Vaccination in the Punjab 1897-1904 - 1897-1904
Year: 1897
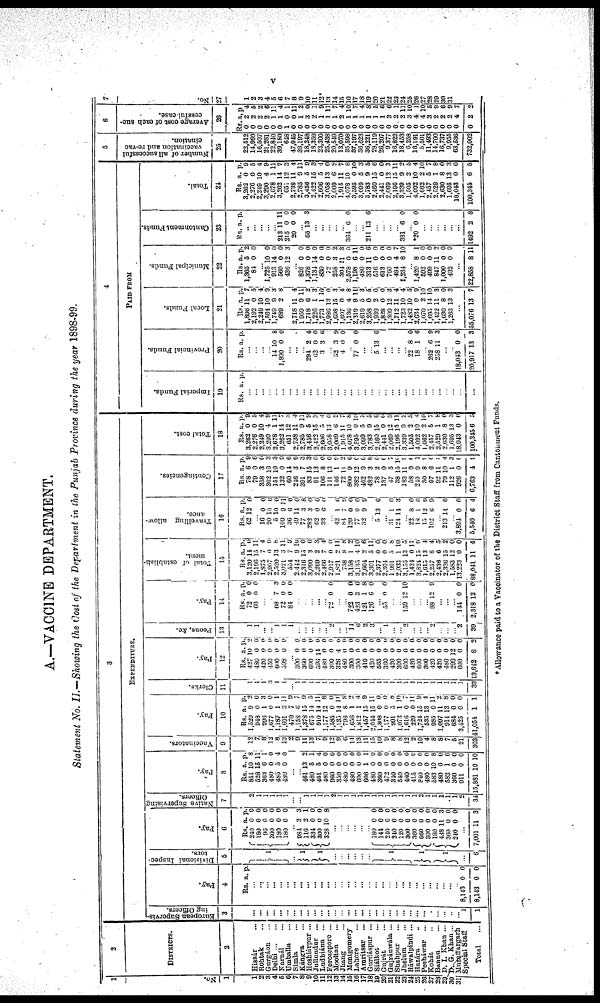
V
A.—VACCINE DEPARTMENT.
Statement No. II.—Showing the Cost of the Department in the Punjab Province during the year 1898-99.
1
No.
1
1
2
3
4
5
6
7
8
9
10
11
12
13
14
15
16
17
18
19
20
21
22
23
24
25
26
27
28
29
30
31
2
DISTRICTS.
2
Hissár ...
Rohtak ...
Gurgáon
Delhi ... ...
Karnál ...
Umballa ...
Simla ...
Kángra ...
Hoshiárpur ...
Jullundur ...
Ludhiána ...
Ferozepore ...
Mooltan ...
Jhang ...
Montgomery
Lahore ...
Amritsar ...
Gurdáspur ...
Siálkot ...
Gujrát ...
Guránawála ...
Shahpur ...
Jhelum ...
Ráwalpindi ...
Hazára ...
Pesháwar ...
Kohút ...
Bannu ...
D. I. Khan ...
D. G. Khan .
Muzaffargarh
Special Staff
Total
...
3
EXPENDITURE.
European Supervis-
ing Officers.
3
...
...
...
...
...
..
...
...
...
...
...
...
...
...
...
...
...
...
...
...
...
...
...
...
...
...
...
...
...
...
... 1
1
Pay.
4
Rs. a. p.
... ...
...
...
... ...
...
...
...
...
... ...
...
... ...
...
...
...
...
...
... ...
...
...
...
...
...
...
8,143
8,143
0
0
0
0
Divisional Inspec-
tors.
5
1
...
1
1
...
...
...
...
1
1
1
...
6
Pay.
6
Rs.
240
180
96
300
180
180
a.
0
0
0
0
0
0
p.
0
0
0
0
0
0
... 981
116
334
300
328
3
2
0
0
10
3
1
0
0
8
...
...
...
...
...
180
144
240
240
120
300
360
660
300
180
438
360
240
0
0
0
0
0
0
0
0
0
0
11
0
0
0
0
0
0
0
0
0 0
0
0
3
0
0
...
7,001 11 3
Native Supervising
7
2
1
1
1
1
1
...
...
1
1 1
1
2
1
1
1
1
1
1
1
1
1
1
1
1
1
1
1
1 1
1 2
34
Pay.
8
Rs.
651
528
363
480
483
480
a.
10
15
6
0
5
0
p.
8
11 1
0
4
0
...
... 461
480
461
480
960
339
480
480
600
606
480
360
472
340
540
480
415
840
480
583
480
582
360
911
15,881
13
5
5
0
0
0
0
0
0 1
0
0
0
0
0
0
0
0
0
0
0
1
0
0
10
2
1
4
0
0
0
0
0
0
1
0
0 0
0 0
0
0
0
0
8
0
6
0
0
10
Vaccinators.
9
12
7
8
12
8
13
2
9
11
13
7
9
12
9 6
11
13
11
15
10
9
8
8
12
2
10
4
8
8
7
0
21
303
Pay.
10
Rs.
1,520
948
996
1,677
1,187
1,601
470
1,158
1,378
1,675
910
1,177
1,585
1,135
708
1,656
1,812
1,457
2,044
1,308
1,177
991
1,073
1,616
229
1,724
535
985
1,097
911
684
3,425
41,051
a.
9
0
1
0
1
3
7
6
15
14
14
12
0
14
8
1
1
15
15
0
0
6
1
0
0
15
13
0
11
13
0
0
1
p.
2
0
3
0
1
11
9
7
9
5
11
8
0
11
8
2
4
9
11
0
0
8
10
7 11
9
4
11
2 8
0
0
1
Clerks.
11
1
1
1
1
1
1
1
1
1
1
1
1
1
1
1
1
1
1
1
1
1
1
1
1
1
1
1
1
1
1
1
33
Pay.
12
Rs.
127
480
120
150
600
598
a.
10
0
0
0
0
0
p.
2
0
0
0
0
0
... 300
360
600
396
480
300
326
480
300
300
419
420
565
360
420
300
600
120
600
300
420
420
460
299
600
13,642
0
0
0
14 0
0
4
0
0
0
0
0
0
0
0
0
0
0
0
0
0
0
0
12
0
8
0
0
0
0 0
0
0
0
0
0
0
0
0
0
0 0
0
0
0
0
0
0
0
0 0
2
Peons, &c.
13
1
1
...
. 1
1
1
.
.
...
.. 2
.
14
6 2
3
.. 1
2
2
2
39
Pay.
14
Rs.
72
60
a.
0
0
p.
0
0
68
72
84
7
0
0
3
0
0
.. ...
. 72 0 0
722
423
121
176
0
3
1
6
0
6
8
0
. 55 0 0
159 12 10
. 88 12 0
...
..
.. 144
2,318
0
2
0
0
Total of establish-
ment.
15
Rs.
3,120
2,196
1,975
2,907
2,320
3,021
534
2,142
2,316
3,090
2,269
2,466
2,917
1,821
738
3,158
3,135
2,604
3,301
2,377
2,304
1,991
2,033
3,153
1,421
3,824
1,613
2,257
2,438
2,336
1,583
13,223
88,041
a.
14
15
7
0
13
3
7
9
15
1
2
7
0
2
8
1
4
9
3
0
0
5
1
13
0
15
13
8
6
15
12
0
11
p.
0
11
4
0
8
11
0
10
0
6
3
1
0
11
8
2 10
6
11
0
0
8
10
5
11
9
4
4 5 2
0
0
4
Travelling allow-
ance.
16
Rs.
62
a.
12
p.
0
16
20
5
109
36
40
77
282
62
38
0
10
10
0
6
14
3
3
3
6
0
6
0
11
0
0
8
0
0
0
42
81
120
77
32
1
7
0
0
0
6
0
0
0
0
3 13 6
... 31
124
1
14
0
3
22
18 13
102
8
1
12
6
0
6
0
0
213 11 6
3,804
5,540
0
6
0
4
Contingencies.
17
Rs
78
79
358
362
151
132
60
216
301
83
91
106
141
146
72
800
382
462
482
78
137
47
38
183
58
249
30
97
92
79
112
926
6,763
a.
6
0
3
10
10
0
14
3
7
15
13
8
13
1
11
9
12
9
3
2
0
5
15
11
9
9
8
6
11
10
1
0
4
p.
9
6
0
3
3
9
6
6
3
3
0
0
0
0
2
6
0
0
6
0
0 7
10
9
4
1
2
0
0 4
3
0
9
Total cost.
18
Rs.
3,262
2,276
2,249
3,290
2,678
3,262
651
2,738
2,785
3,456
2 122
2,606
3,038
2,009
1,913
4,078
3,595
3,099
3,783
2,460
2,411
2,069
2,196
3,839
1,505
4,092
1,662
2,157
2,529
2,630
1,695
18,041
100,345
a.
0
0
10
4
1
14
12
11
9
5
15
3
11
6
11
10
0
5
9
15
0
12
15
9
2 10
2
5
1
8
13
0
6
p.
9
5
4
9
11
7 4
4
11
9
3
4
0
2 7
8
10
8
5
6
0 3
11
2
5
4
10
7
8
0
3
0
3
4
PAID FROM
Imperial Funds.
19
Rs. a p.
..
.. ...
. ..
...
...
..
...
...
..
.
.
..
. ...
...
...
.
..
.. ...
..
...
Provincial Funds.
20
Rs. a. p.
..
..
.. 14
1,800
10
0
8
0
...
...
294
62
3
2
0
3
4
0
6
32 4
3
0
9
0
77 0 0
...
5 13 0
...
...
...
22
18
8
1
0
6
262
258
6
11
9
3
.
18,043
20,917
0
13
0
3
Local Funds.
21
Rs.
1,896
2,192
2,240
1,564
1,749
689
a.
11
0
10
10
9
2
p.
7
5
4
9
3
8
2,718
1,959
1,718
1,226
1,773
2,986
1,698
1,607
1,136
2,319
2,619
3,258
1,939
1,828
1,309
1,712
1,723
1,482
2,634
1,070
1,693
1,422
1,630
1,263
11
9
6
1
1
13
15
0
4
9
5
0
2
0
12
11
10
10
0
2
14
11
8
13
4
11
2
3
10
0
3
1
8
11
3
0
0
0 3
4
4
5 9
10
10
3
0
3
...
55,076 13 7
Municipal Funds.
22
Rs.
1,365
84
a.
5
0
p.
2
0
. 1,725
913
560
436
10
14
0
12
0
0
0
3
826
1,378
1,134
830
72
258
304
2,578
1,198
480
313
516
613
760
484
1,234
0
0
14
0
0
3
1
0
6
0
11
0
0
0
4
8
0
0
0
0
0
2
3
0
11
0
6
0
0
0
7
10
1,420
592
499
847
1,000
432
8
0
0
11
0
0
1
0
0
2
0
0
..
22,858 8 11
Cantonment Funds.
23
Rs. a. p.
..
...
...
..
... 213
215
20
11
0
0
11
0
0
.. 65 13 3
...
...
...
...
364 6 0
. 211 13 6
.
.
. 381 6 0
. *20 0 0
..
.
...
...
...
...
1492 2 8
Total.
24
Rs
3,262
2,276
2,249
3,290
2,678
3,262
651
2,738
2,785
3,456
2 122
2,606
3,058
2,009
1,915
4,078
3,595
3,099
3,783
2,460
2,441
2,069
2,196
3,339
1,505
4,092
1,662
2,457
2,529
2,630
1,695
18,043
100,345
a.
0
0
10
4
1
14
12
11
9
5
15
5
13
6
11
10
0
5
9
15
0
12
15
9
2
10
2
5
1
8
13
0
6
p.
9
5
4
9
11
7
3
4
11
9
3
4
0
2
7
8
10
3
5
6
0
3
11
2
5
4
7 7
8
0
3
0
5
5
Number of all successful
vaccination and re-vac
cination.
25
22,512
14,960
16,507
21,261
22,840
39,180
648
47,945
38,107
18,248
18,359
23,300
25,438
20,519
13,070
35,598
37,197
36,623
36,221
28,119
26,207
9,377
16,822
18,453
6,258
16,191
5,501
11,493
14,700
16,737
9,935
63,536
732,002
6
Average cost of each suc-
cessful case.
26
Rs.
0
0
0
0
0
0
1
0
0
0
0
0
0
0
0
0
0
0
0
0
0
0
0
0
0
0
0
0
0
0
0
0
0
a.
2
2
2
2
1
1
0
0
1
3
2
1
1
1
2
1
1
1
1
1
1
3
2
2
3
4
4
3
2
2
2
4
2
p.
4
5
2
6
11
4
1
11
2
0
1
9
11
7
4
10
7 4
8
5
6
6
1
11
10
1
10
5
9
6
9
7
2
7
No.
27
1
2
3
4
5
6
7
8
9
10
11
12
13
14
15
16
17
18
19
20
21
22
23
24
25
26
27
28
29
30
31
* Allowance paid to a Vaccinator of the District Staff from Cantonment Funds.